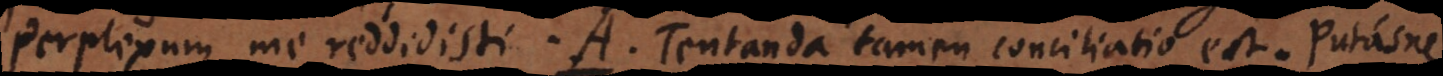
Perplexum me reddidisti. A. Tentanda tamen conciliatio est. Putasne